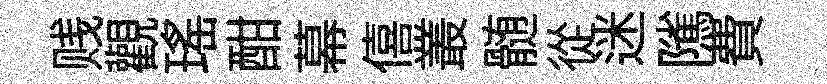
贱觀瑶酣幕僖叢髄從迷隲費